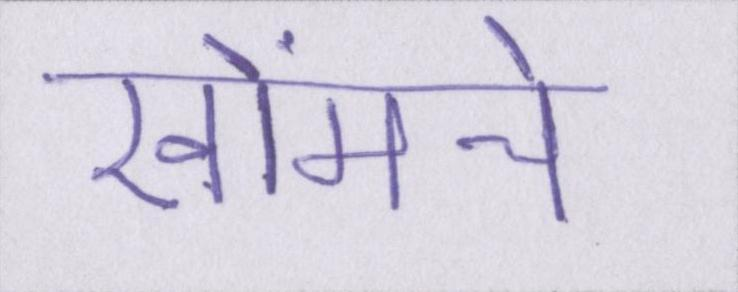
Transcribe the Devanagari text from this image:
खोंमचे